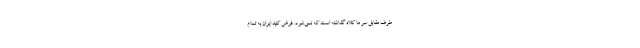
طرف مقابل سر ما کلاه گذاشته است که نمی‌شود. فرض کنید ایران به تمام